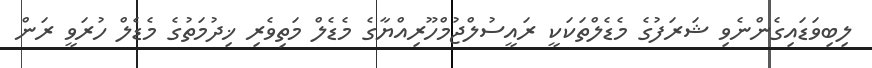
ލިބިވަޑައިގެންނެވި ޝަރަފުގެ މެޑެލްތަކަކީ ރައީސުލްޖުމްހޫރިއްޔާގެ މެޑެލް މަތިވެރި ޚިދުމަތުގެ މެޑެލް ހުރަވީ ރަން